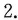
2.